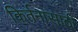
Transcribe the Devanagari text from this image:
किर्तनासाठी